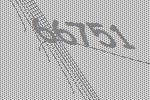
66751